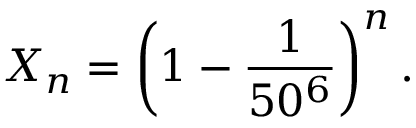
X _ { n } = \left( 1 - { \frac { 1 } { 5 0 ^ { 6 } } } \right) ^ { n } .